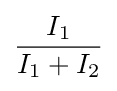
{\frac {I_{1}}{I_{1}+I_{2}}}